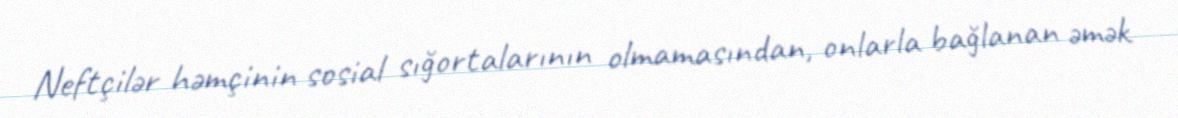
Neftçilər həmçinin sosial sığortalarının olmamasından, onlarla bağlanan əmək